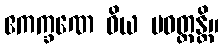
ဧကက္ခဏေ ဝိယ ပဝတ္တန္တိ။